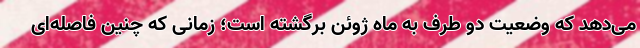
می‌دهد که وضعیت دو طرف به ماه ژوئن برگشته است؛ زمانی که چنین فاصله‌‌ای